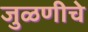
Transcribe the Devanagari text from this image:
जुळणीचे